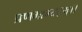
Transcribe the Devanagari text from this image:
प्रणमाम्यहम्।।